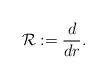
LaTeX: \begin{align*}\mathcal{R} :=\frac{d}{dr}.\end{align*}